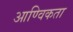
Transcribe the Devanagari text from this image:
आण्विकता